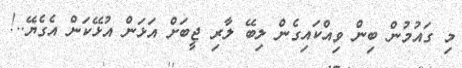
މި ގައުމުން ބިން ވިއްކައިގެން ލިބޭ ލާރި ޖީބަށް އަޅަން އުޅޭކަން އެގެޔޭ..!